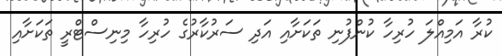
ކުރާ އަމިއްލަ ހުރިހާ ކުންފުނި ތަކަށާއި އަދި ސަރުކާރުގެ ހުރިހާ މިނިސްޓްރީ ތަކަށާއި